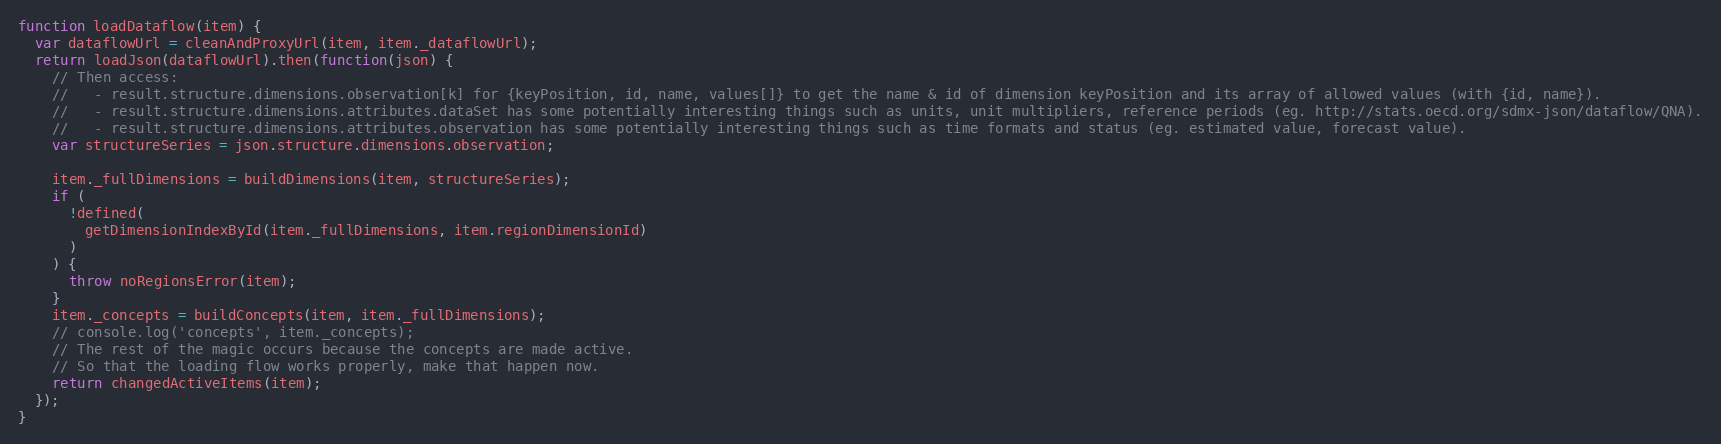
Language: JavaScript
function loadDataflow(item) {
  var dataflowUrl = cleanAndProxyUrl(item, item._dataflowUrl);
  return loadJson(dataflowUrl).then(function(json) {
    // Then access:
    //   - result.structure.dimensions.observation[k] for {keyPosition, id, name, values[]} to get the name & id of dimension keyPosition and its array of allowed values (with {id, name}).
    //   - result.structure.dimensions.attributes.dataSet has some potentially interesting things such as units, unit multipliers, reference periods (eg. http://stats.oecd.org/sdmx-json/dataflow/QNA).
    //   - result.structure.dimensions.attributes.observation has some potentially interesting things such as time formats and status (eg. estimated value, forecast value).
    var structureSeries = json.structure.dimensions.observation;

    item._fullDimensions = buildDimensions(item, structureSeries);
    if (
      !defined(
        getDimensionIndexById(item._fullDimensions, item.regionDimensionId)
      )
    ) {
      throw noRegionsError(item);
    }
    item._concepts = buildConcepts(item, item._fullDimensions);
    // console.log('concepts', item._concepts);
    // The rest of the magic occurs because the concepts are made active.
    // So that the loading flow works properly, make that happen now.
    return changedActiveItems(item);
  });
}